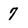
Character: 7